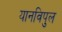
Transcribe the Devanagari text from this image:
यानविपुल